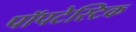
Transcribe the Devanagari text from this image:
पॉपटेस्टिक